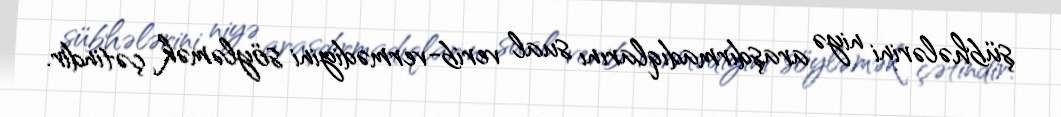
şübhələrini niyə araşdırmadıqlarını sual verib-vermədiyini söyləmək çətindir.